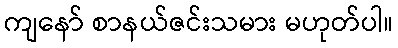
ကျနော် စာနယ်ဇင်းသမား မဟုတ်ပါ။